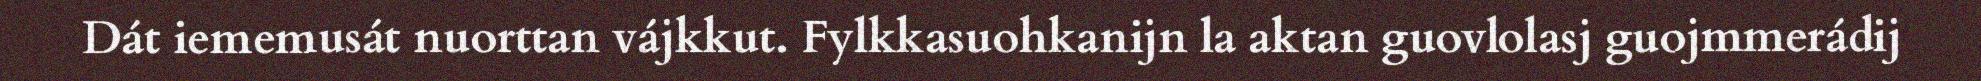
Dát iememusát nuorttan vájkkut. Fylkkasuohkanijn la aktan guovlolasj guojmmerádij